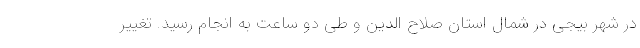
در شهر بیجی در شمال استان صلاح الدین و طی دو ساعت به انجام رسید. تغییر